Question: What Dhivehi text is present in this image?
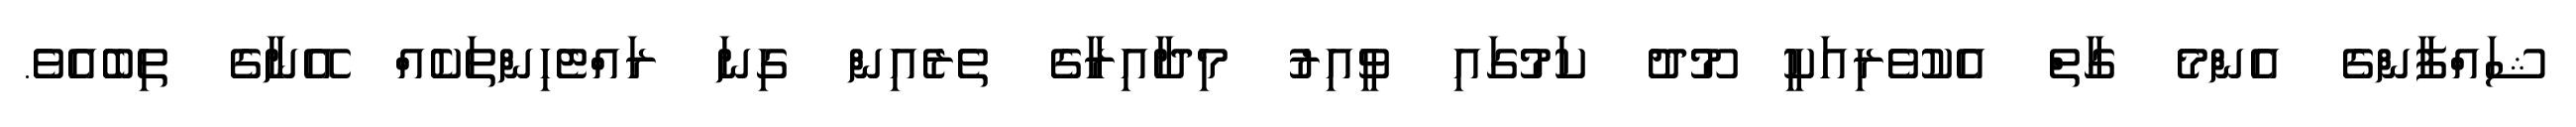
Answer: ޝައްފާންގެ އެންމެ ގާތް އެކުވެރިއަކީ މޫދު ކަމުގައި ވީއިރު މިދާއިރާގެ ތެރެއިން ގިނަ ރައްޓެހިންތަކެއް އޭނާގެ ތިބެއެވެ.